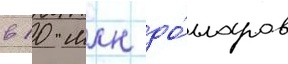
в 10 млн до́лларов